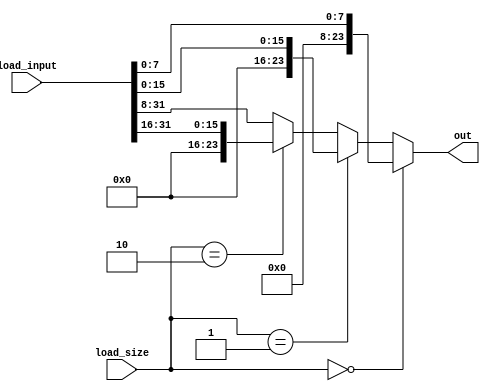
module load_size_control(
    input wire [1:0] load_size,
    input wire [31:0] load_input,
    output wire [23:0] out
);
    assign out = (load_size == 2'b00) ? load_input [7:0]:
                 (load_size == 2'b01) ? load_input [15:0]:
                 (load_size == 2'b10) ? load_input [31:16]:
                 load_input [31:8];
endmodule